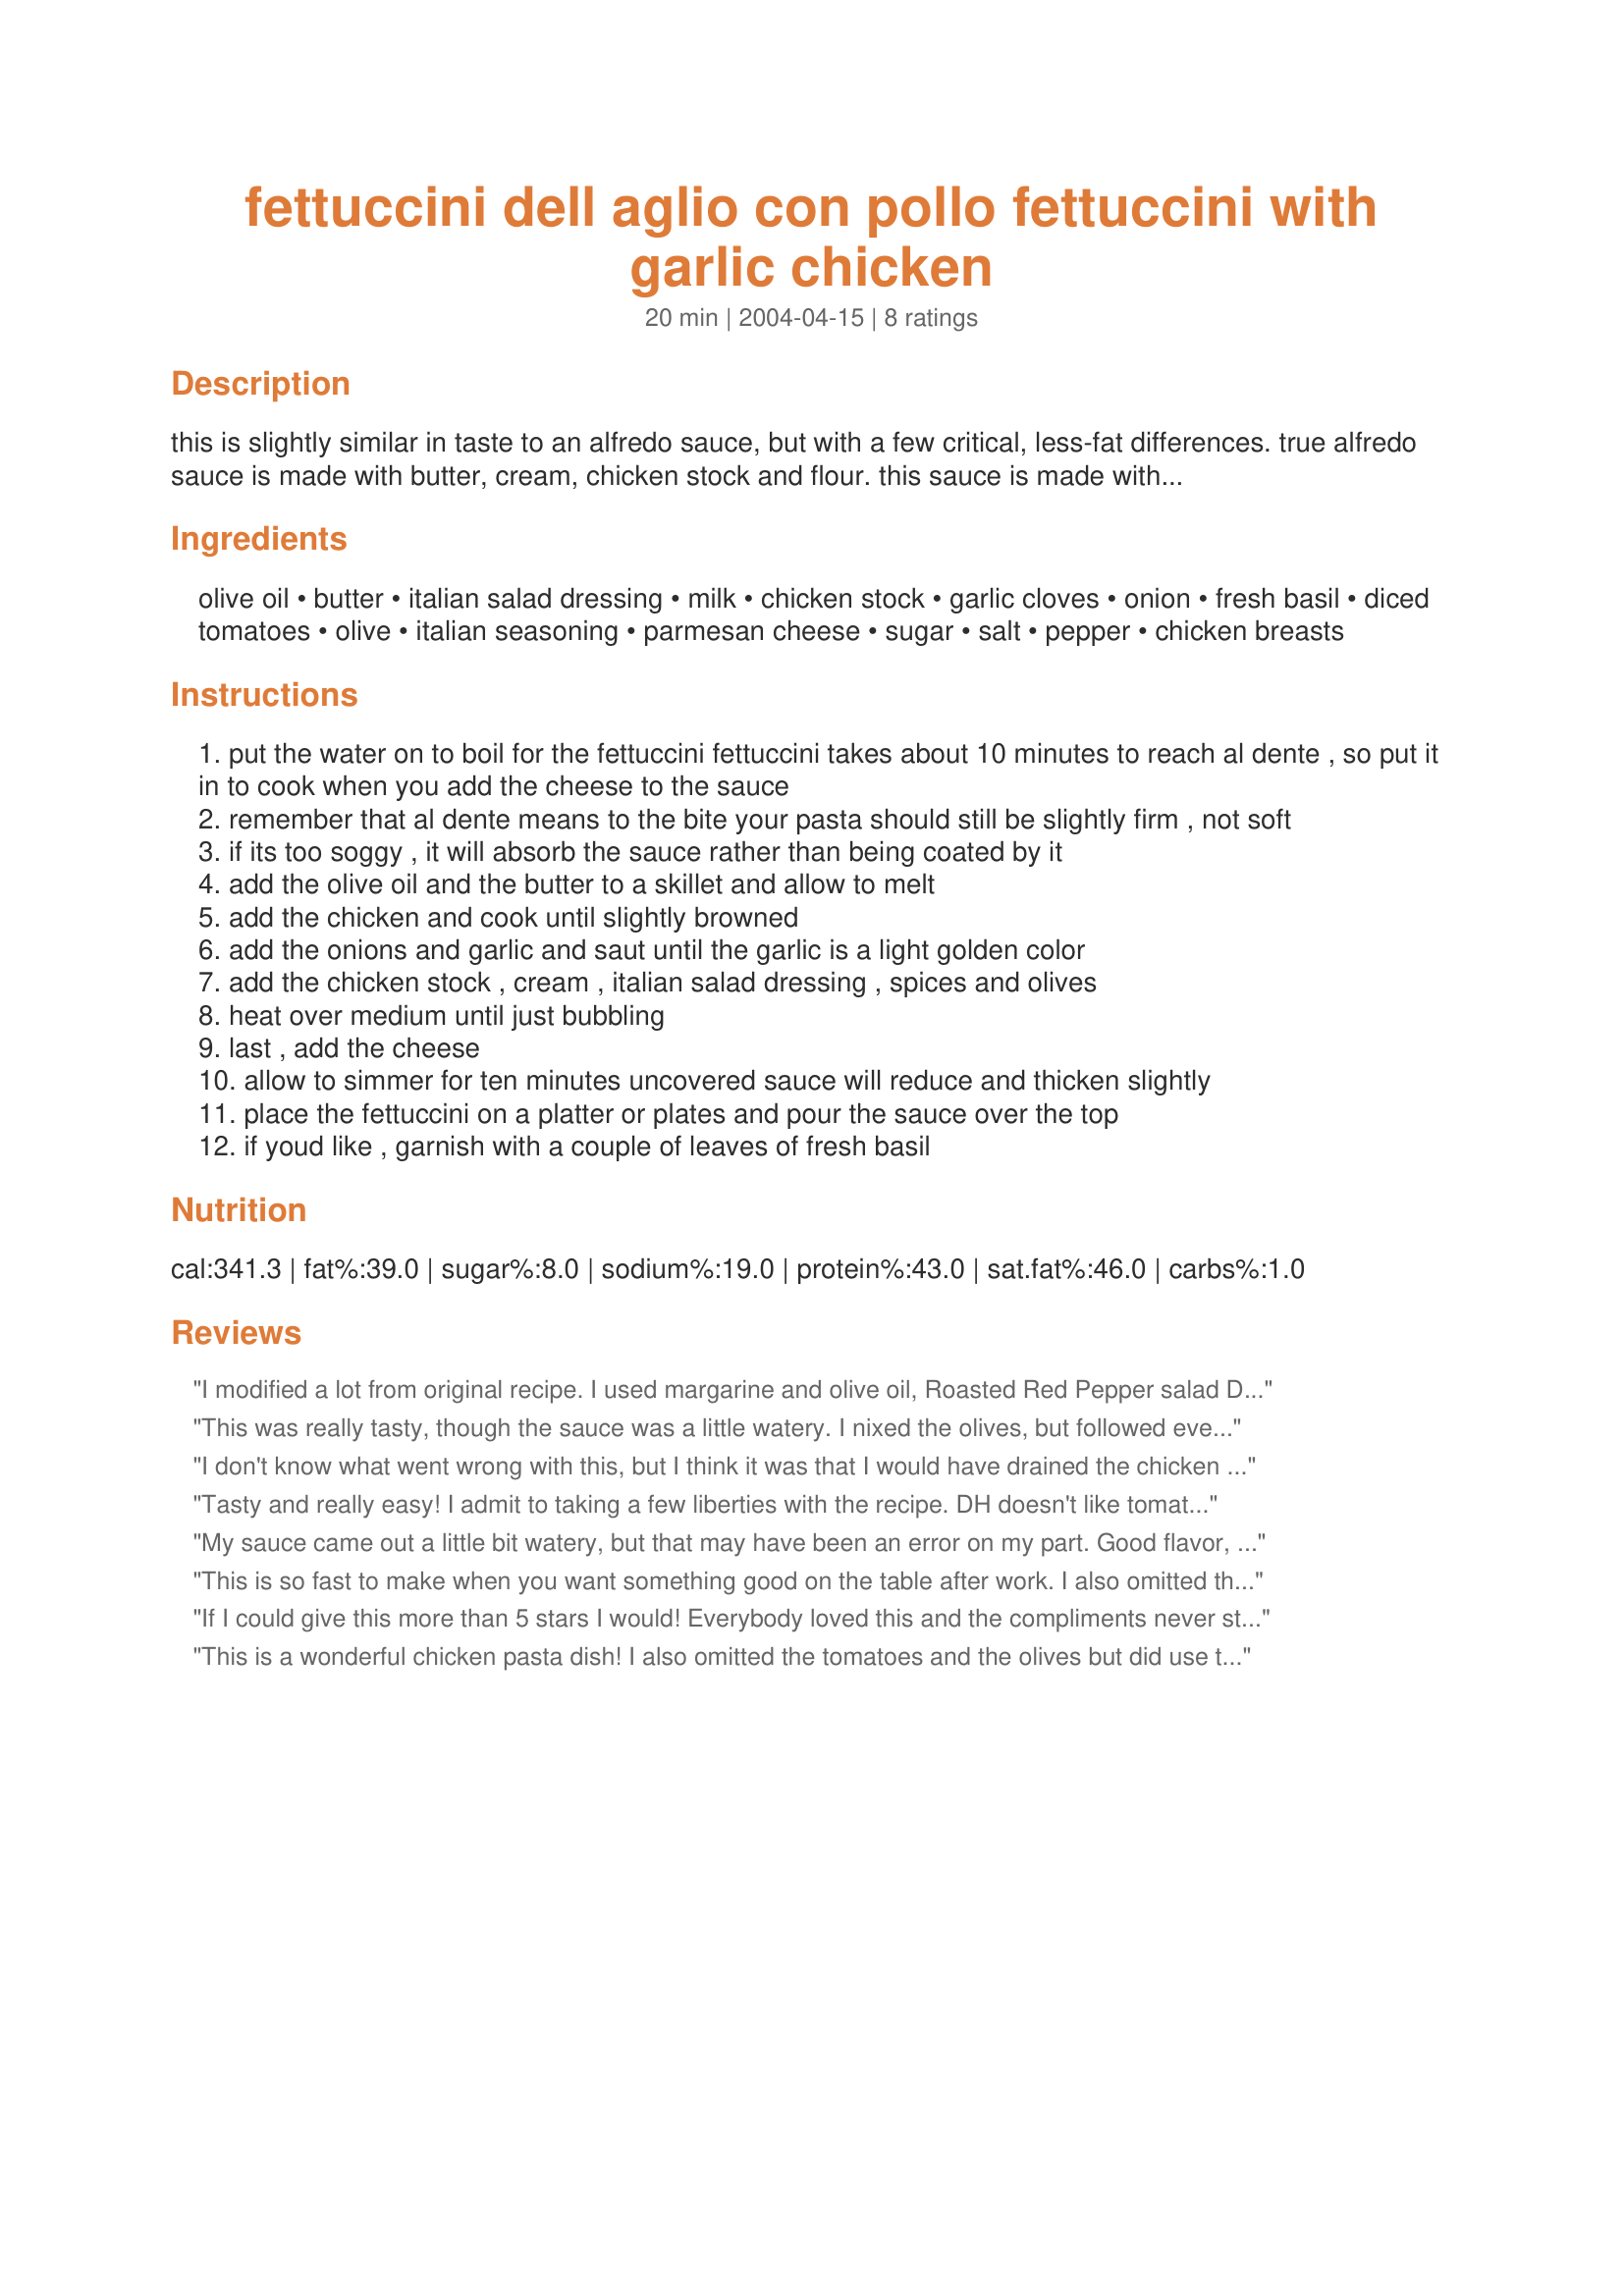
fettuccini dell aglio con pollo fettuccini with garlic chicken
Preparation time: 20 minutes

this is slightly similar in taste to an alfredo sauce, but with a few critical, less-fat differences. true alfredo sauce is made with butter, cream, chicken stock and flour. this sauce is made with olive oil, butter, garlic, and a bunch of other fresh ingredients. i created this in about twenty minutes after a long day at work, trying to use what i had on hand in the kitchen. i knew it was a "keeper" when my notoriously picky (butter-and-cheese-only-please) toddlers loved it. if possible, you'll want some crusty parmesan bread to sop up the sauce!

Ingredients:
olive oil, butter, italian salad dressing, milk, chicken stock, garlic cloves, onion, fresh basil, diced tomatoes, olive, italian seasoning, parmesan cheese, sugar, salt, pepper, chicken breasts

Steps:
put the water on to boil for the fettuccini fettuccini takes about 10 minutes to reach al dente , so put it in to cook when you add the cheese to the sauce
remember that al dente means to the bite your pasta should still be slightly firm , not soft
if its too soggy , it will absorb the sauce rather than being coated by it
add the olive oil and the butter to a skillet and allow to melt
add the chicken and cook until slightly browned
add the onions and garlic and saut until the garlic is a light golden color
add the chicken stock , cream , italian salad dressing , spices and olives
heat over medium until just bubbling
last , add the cheese
allow to simmer for ten minutes uncovered sauce will reduce and thicken slightly
place the fettuccini on a platter or plates and pour the sauce over the top
if youd like , garnish with a couple of leaves of fresh basil

Reviews:
I modified a lot from original recipe. I used margarine and olive oil, Roasted Red Pepper salad Dressing, milk, 4 cloves garlic, consomme, 2 TB dried minced onion, 1/2 cup white kidney beans, no olives, 2 TB tomato paste (no tomatoes, just paste), 1/2 cup parmesan cheese, NO sugar, pinch of salt and pepper and 3 chicken breasts. DELICIOUS!! Thanks for the inspiration!!
This was really tasty, though the sauce was a little watery. I nixed the olives, but followed everything else. Served with garlic parmesan bread: super good!
I don't know what went wrong with this, but I think it was that I would have drained the chicken after cooking it so that the onions and garlic could brown. There was just too much juice in the chicken, and the sauce came out very watery and the oil just sat on the top. It tasted fine, but I would thicken it up a bit next time, and drain it before adding the onions and garlic. We will try it again sometime, since DH liked the flavor.
Tasty and really easy! I admit to taking a few liberties with the recipe. DH doesn't like tomatoes, and I don't eat olives, so I left those out. I used green onions instead of regular onion, because I needed to use them up. And I added a splash of white wine in place of part of the chicken stock.

The Italian dressing adds a nice bit of zing. The green onion made it look nice, and maybe next time I'll add some red bell pepper for color in place of the tomatoes.
My sauce came out a little bit watery, but that may have been an error on my part. Good flavor, nice & easy. I used roasted red pepper italian dressing; gave it a nice tang.
 This is so fast to make when you want something good on the table after work. I also omitted the tomatoes and everyone loved it. No leftovers!
If I could give this more than 5 stars I would! Everybody loved this and the compliments never stopped! we omitted the olives and added some broccoli. We will be making this again and again!
This is a wonderful chicken pasta dish! I also omitted the tomatoes and the olives but did use the onions and the 6 cloves of garlic. This dish has lots of flavor and we had no leftovers. Will be making this one again. Thanks Mrs Carrie Gerber
